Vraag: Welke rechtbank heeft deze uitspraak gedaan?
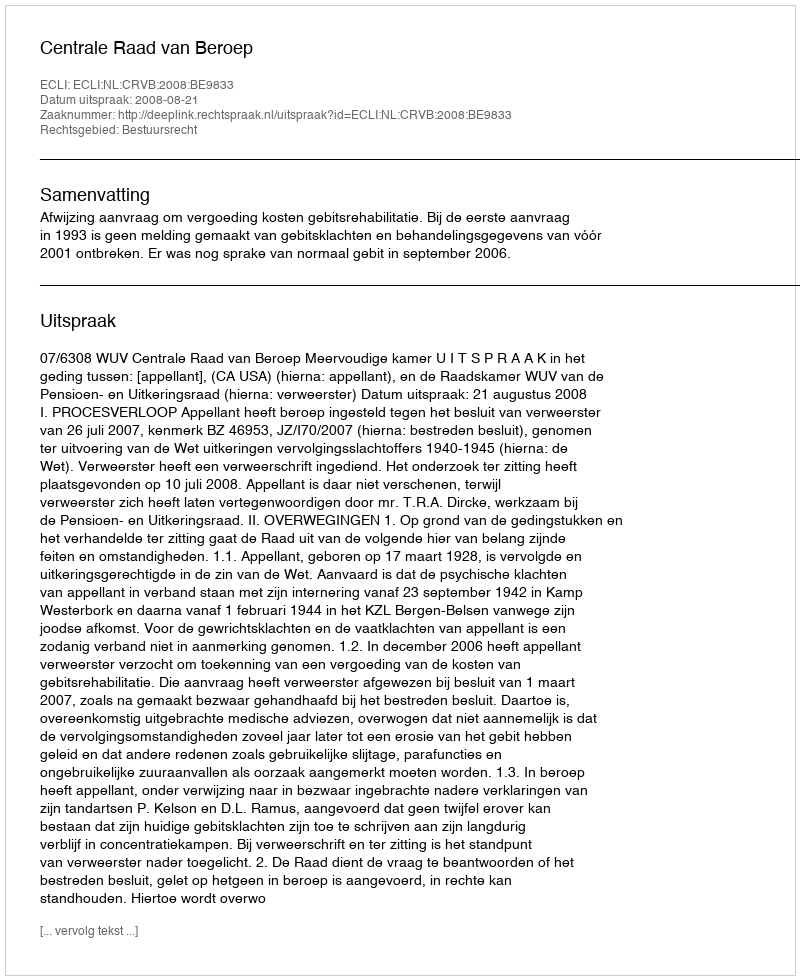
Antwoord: Centrale Raad van Beroep